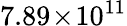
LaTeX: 7.89\! \times\! 10^{11}